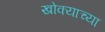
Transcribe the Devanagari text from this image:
खोक्याच्या